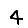
Digit: 4